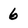
Character: 6